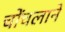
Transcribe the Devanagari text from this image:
चोंचलाने